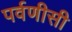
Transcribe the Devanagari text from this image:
पर्वणीसी